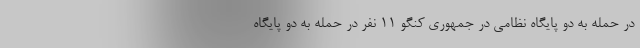
در حمله به دو پایگاه نظامی در جمهوری کنگو ۱۱ نفر در حمله به دو پایگاه